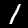
Label: 1